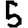
Digit: 5